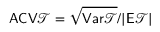
\mathsf { A C V } \mathscr T = \sqrt { \mathsf { V a r } \mathscr T } / | \mathsf E \mathscr T |